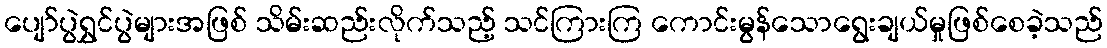
ပျော်ပွဲရွှင်ပွဲများအဖြစ် သိမ်းဆည်းလိုက်သည့် သင်ကြားကြ ကောင်းမွန်သောရွေးချယ်မှုဖြစ်စေခဲ့သည်